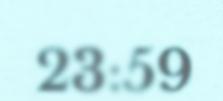
23:59